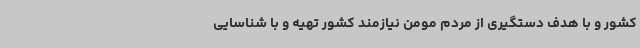
کشور و با هدف دستگیری از مردم مومن نیازمند کشور تهیه و با شناسایی